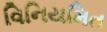
વિનિયમિત